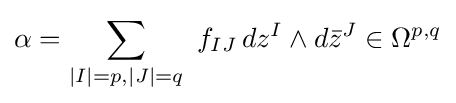
\alpha =\sum _{|I|=p,|J|=q}\ f_{IJ}\,dz^{I}\wedge d{\bar {z}}^{J}\in \Omega ^{p,q}